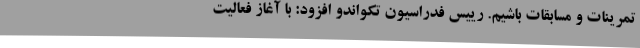
تمرینات و مسابقات باشیم. رییس فدراسیون تکواندو افزود: با آغاز فعالیت